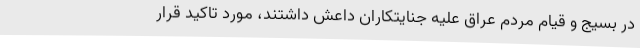
در بسیج و قیام مردم عراق علیه جنایتکاران داعش داشتند، مورد تاکید قرار